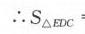
$\therefore S_{\triangle EDC}=$